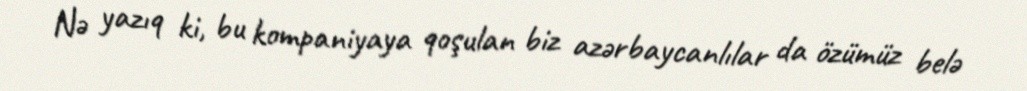
Nə yazıq ki, bu kompaniyaya qoşulan biz azərbaycanlılar da özümüz belə